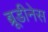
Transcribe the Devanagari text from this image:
ब्रूडीनेस